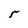
Character: r